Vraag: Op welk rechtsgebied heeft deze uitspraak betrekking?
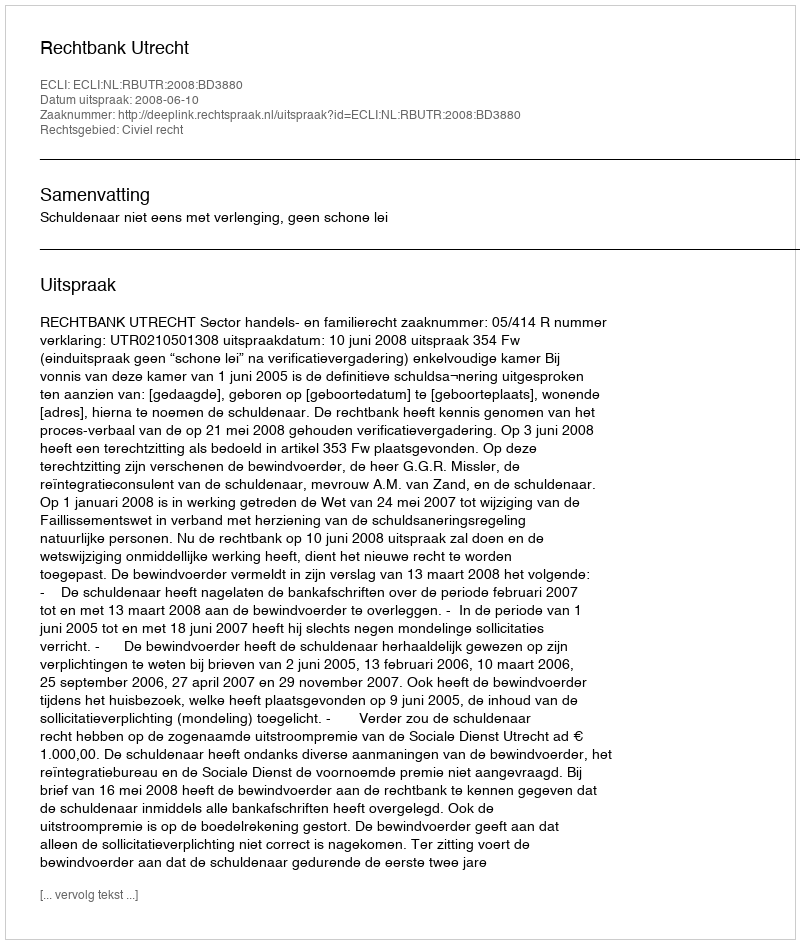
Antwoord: Civiel recht